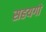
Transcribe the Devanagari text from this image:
सहयगो